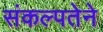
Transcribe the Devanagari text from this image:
संकल्पतेने